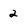
Character: 2